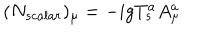
( N _ { s c a l a r } ) _ { \mu } = - i g T _ { s } ^ { a } A _ { \mu } ^ { a }